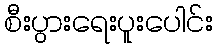
စီးပွားရေးပူးပေါင်း